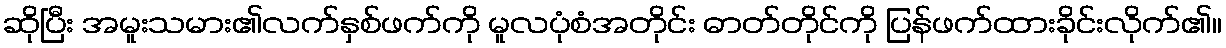
ဆိုပြီး အမူးသမား၏လက်နှစ်ဖက်ကို မူလပုံစံအတိုင်း ဓာတ်တိုင်ကို ပြန်ဖက်ထားခိုင်းလိုက်၏။